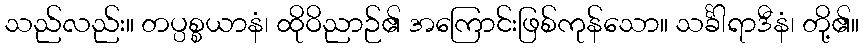
သည်လည်း။ တပ္ပစ္စယာနံ၊ ထိုဝိညာဉ်၏ အကြောင်းဖြစ်ကုန်သော။ သင်္ခါရာဒီနံ၊ တို့၏။